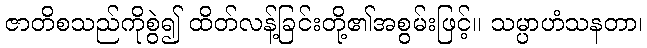
ဇာတိစသည်ကိုစွဲ၍ ထိတ်လန့်ခြင်းတို့၏အစွမ်းဖြင့်။ သမ္ပာဟံသနတာ၊